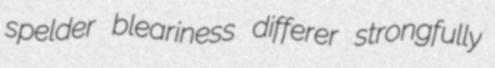
spelder bleariness differer strongfully